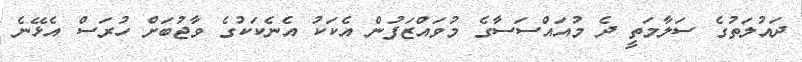
ދައުލަތުގެ ސަލާމަތީ ދެ މުއައްސަސާގެ މުވައްޒަފުން އެކަކު އެނެކަކުގެ ވާޖުބަށް ހުރަސް އެޅޭނެ